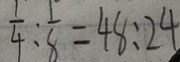
\frac { 1 } { 4 } : \frac { 1 } { 8 } = 4 8 : 2 4